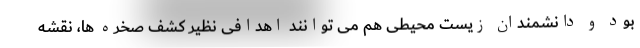
بود و دانشمندان زیست محیطی هم می توانند اهدافی نظیر کشف صخره ها، نقشه